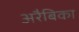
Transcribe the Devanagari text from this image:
अरैबिका